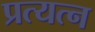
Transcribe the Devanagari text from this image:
प्रत्यत्न